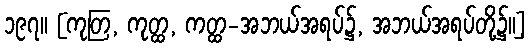
၁၉၇။ [ကုတြ, ကုတ္ထ, ကတ္ထ-အဘယ်အရပ်၌, အဘယ်အရပ်တို့၌။]